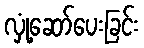
လှုံ့ဆော်ပေးခြင်း